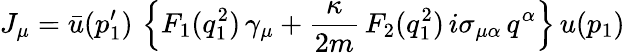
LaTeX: J_{\mu}=\bar{u}(p_{1}^{\prime})\, \left\{ F_{1}(q_{1}^{2})\, \gamma_{\mu}+\frac{\kappa}{2m}\, F_{2}(q_{1}^{2})\, i\sigma_{\mu\alpha}\, q^{\alpha}\right\} \, u(p_{1})